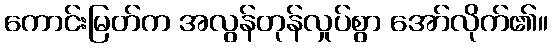
ကောင်းမြတ်က အလွန်တုန်လှုပ်စွာ အော်လိုက်၏။